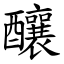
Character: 釀